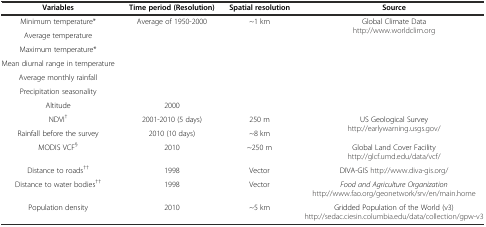
<table><thead><tr><td><b>Variables</b></td><td><b>Time period (Resolution)</b></td><td><b>Spatial resolution</b></td><td><b>Source</b></td></tr></thead><tbody><tr><td>Minimum temperature*</td><td rowspan="6">Average of 1950-2000</td><td rowspan="7">~1 km</td><td rowspan="7">Global Climate Data http://www.worldclim.org</td></tr><tr><td>Average temperature</td></tr><tr><td>Maximum temperature*</td></tr><tr><td>Mean diurnal range in temperature</td></tr><tr><td>Average monthly rainfall</td></tr><tr><td>Precipitation seasonality</td></tr><tr><td>Altitude</td><td>2000</td></tr><tr><td>NDVI<sup>†</sup></td><td>2001-2010 (5 days)</td><td>250 m</td><td rowspan="2">US Geological Survey http://earlywarning.usgs.gov/</td></tr><tr><td>Rainfall before the survey</td><td>2010 (10 days)</td><td>~8 km</td></tr><tr><td>MODIS VCF<sup>§</sup></td><td>2010</td><td>~250 m</td><td>Global Land Cover Facility http://glcf.umd.edu/data/vcf/</td></tr><tr><td>Distance to roads<sup>††</sup></td><td>1998</td><td>Vector</td><td>DIVA-GIS http://www.diva-gis.org/</td></tr><tr><td>Distance to water bodies<sup>††</sup></td><td>1998</td><td>Vector</td><td><i>Food and Agriculture Organization</i>http://www.fao.org/geonetwork/srv/en/main.home</td></tr><tr><td>Population density</td><td>2010</td><td>~5 km</td><td>Gridded Population of the World (v3) http://sedac.ciesin.columbia.edu/data/collection/gpw-v3</td></tr></tbody></table>